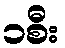
၁စီး